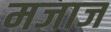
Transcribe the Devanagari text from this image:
मजाज